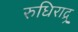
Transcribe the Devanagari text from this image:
रुधिराद्र्र